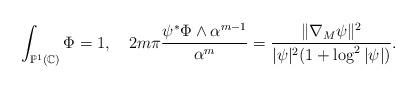
LaTeX: \begin{align*}\int_{\mathbb P^1(\mathbb C)}\Phi=1, \ \ \ 2m\pi\frac{\psi^*\Phi\wedge\alpha^{m-1}}{\alpha^m}=\frac{\|\nabla_M\psi\|^2}{|\psi|^2(1+\log^2|\psi|)}.\end{align*}